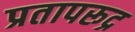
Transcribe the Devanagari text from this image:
प्रतापरूद्र